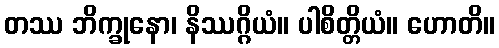
တဿ ဘိက္ခုနော၊ နိဿဂ္ဂိယံ။ ပါစိတ္တိယံ။ ဟောတိ။